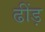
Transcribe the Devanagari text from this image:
ढींड़